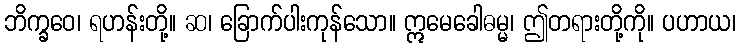
ဘိက္ခဝေ၊ ရဟန်းတို့။ ဆ၊ ခြောက်ပါးကုန်သော။ ဣမေခေါဓမ္မ၊ ဤတရားတို့ကို။ ပဟာယ၊